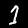
Label: 1